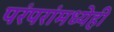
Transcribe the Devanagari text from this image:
परंपरांमध्येही